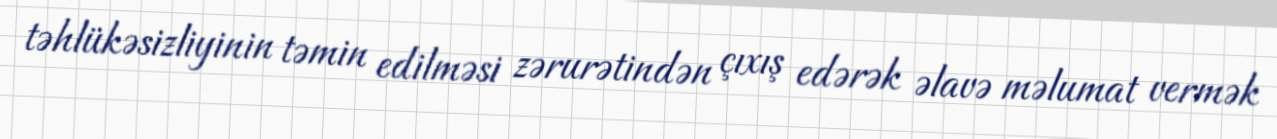
təhlükəsizliyinin təmin edilməsi zərurətindən çıxış edərək əlavə məlumat vermək